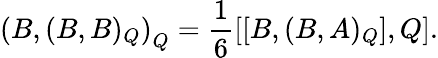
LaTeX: \left(B,(B,B)_{Q}\right)_{Q}=\frac{1}{6}\left[[B,(B,A)_{Q}],Q\right].